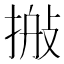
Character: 𢮽